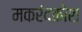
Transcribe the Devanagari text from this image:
मकरंदकोश